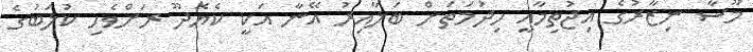
މޫސާ ނިޒާރުގެ އިޖުތިމާއީ ހިދުމަތަށް ބަލާއިރު އޭނާ އަކީ ކެޔޮދޫ ރަށްވެހި ކުލަބުގެ